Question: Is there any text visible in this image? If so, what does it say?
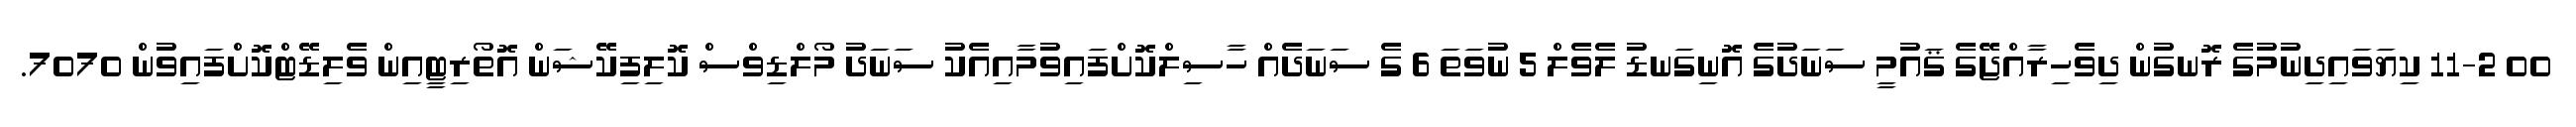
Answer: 00 11-2 ކިޔަވައިދިނުމުގެ ރޮނގުން ދިވެހިރާއްޖޭގެ ޤައުމީ ސަނަދުގެ އޮނިގަނޑު ލެވެލް 5 ނުވަތަ 6 ގެ ސަނަދެއް ހާސިލްކޮށްފައިވުމާއިއެކު ސަނަދު މޯލްޑިވްސް ކޮލިފިކޭޝަން އޮތޯރިޓީއިން ވެލިޑޭޓްކޮށްފައިވުން 7070.